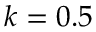
k = 0 . 5